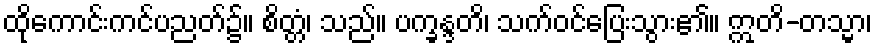
ထိုကောင်းကင်ပညတ်၌။ စိတ္တံ၊ သည်။ ပက္ခန္ဒတိ၊ သက်ဝင်ပြေးသွား၏။ ဣတိ-တသ္မာ၊